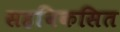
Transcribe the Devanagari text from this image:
सहविकसित